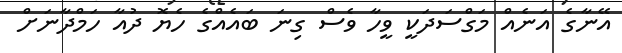
އޭނާގެ އަނެއް މަގްސަދަކީ ވީހާ ވެސް ގިނަ ބައެއްގެ ހެޔޮ ދުއާ ހަމްދާނަށް